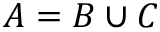
A = B \cup C